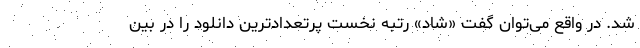
شد. در واقع می‌توان گفت «شاد» رتبه نخست پرتعدادترین دانلود را در بین